65_HS1-834228961_62-HQ-83894_Section_6
Agency: FBI
Page 53
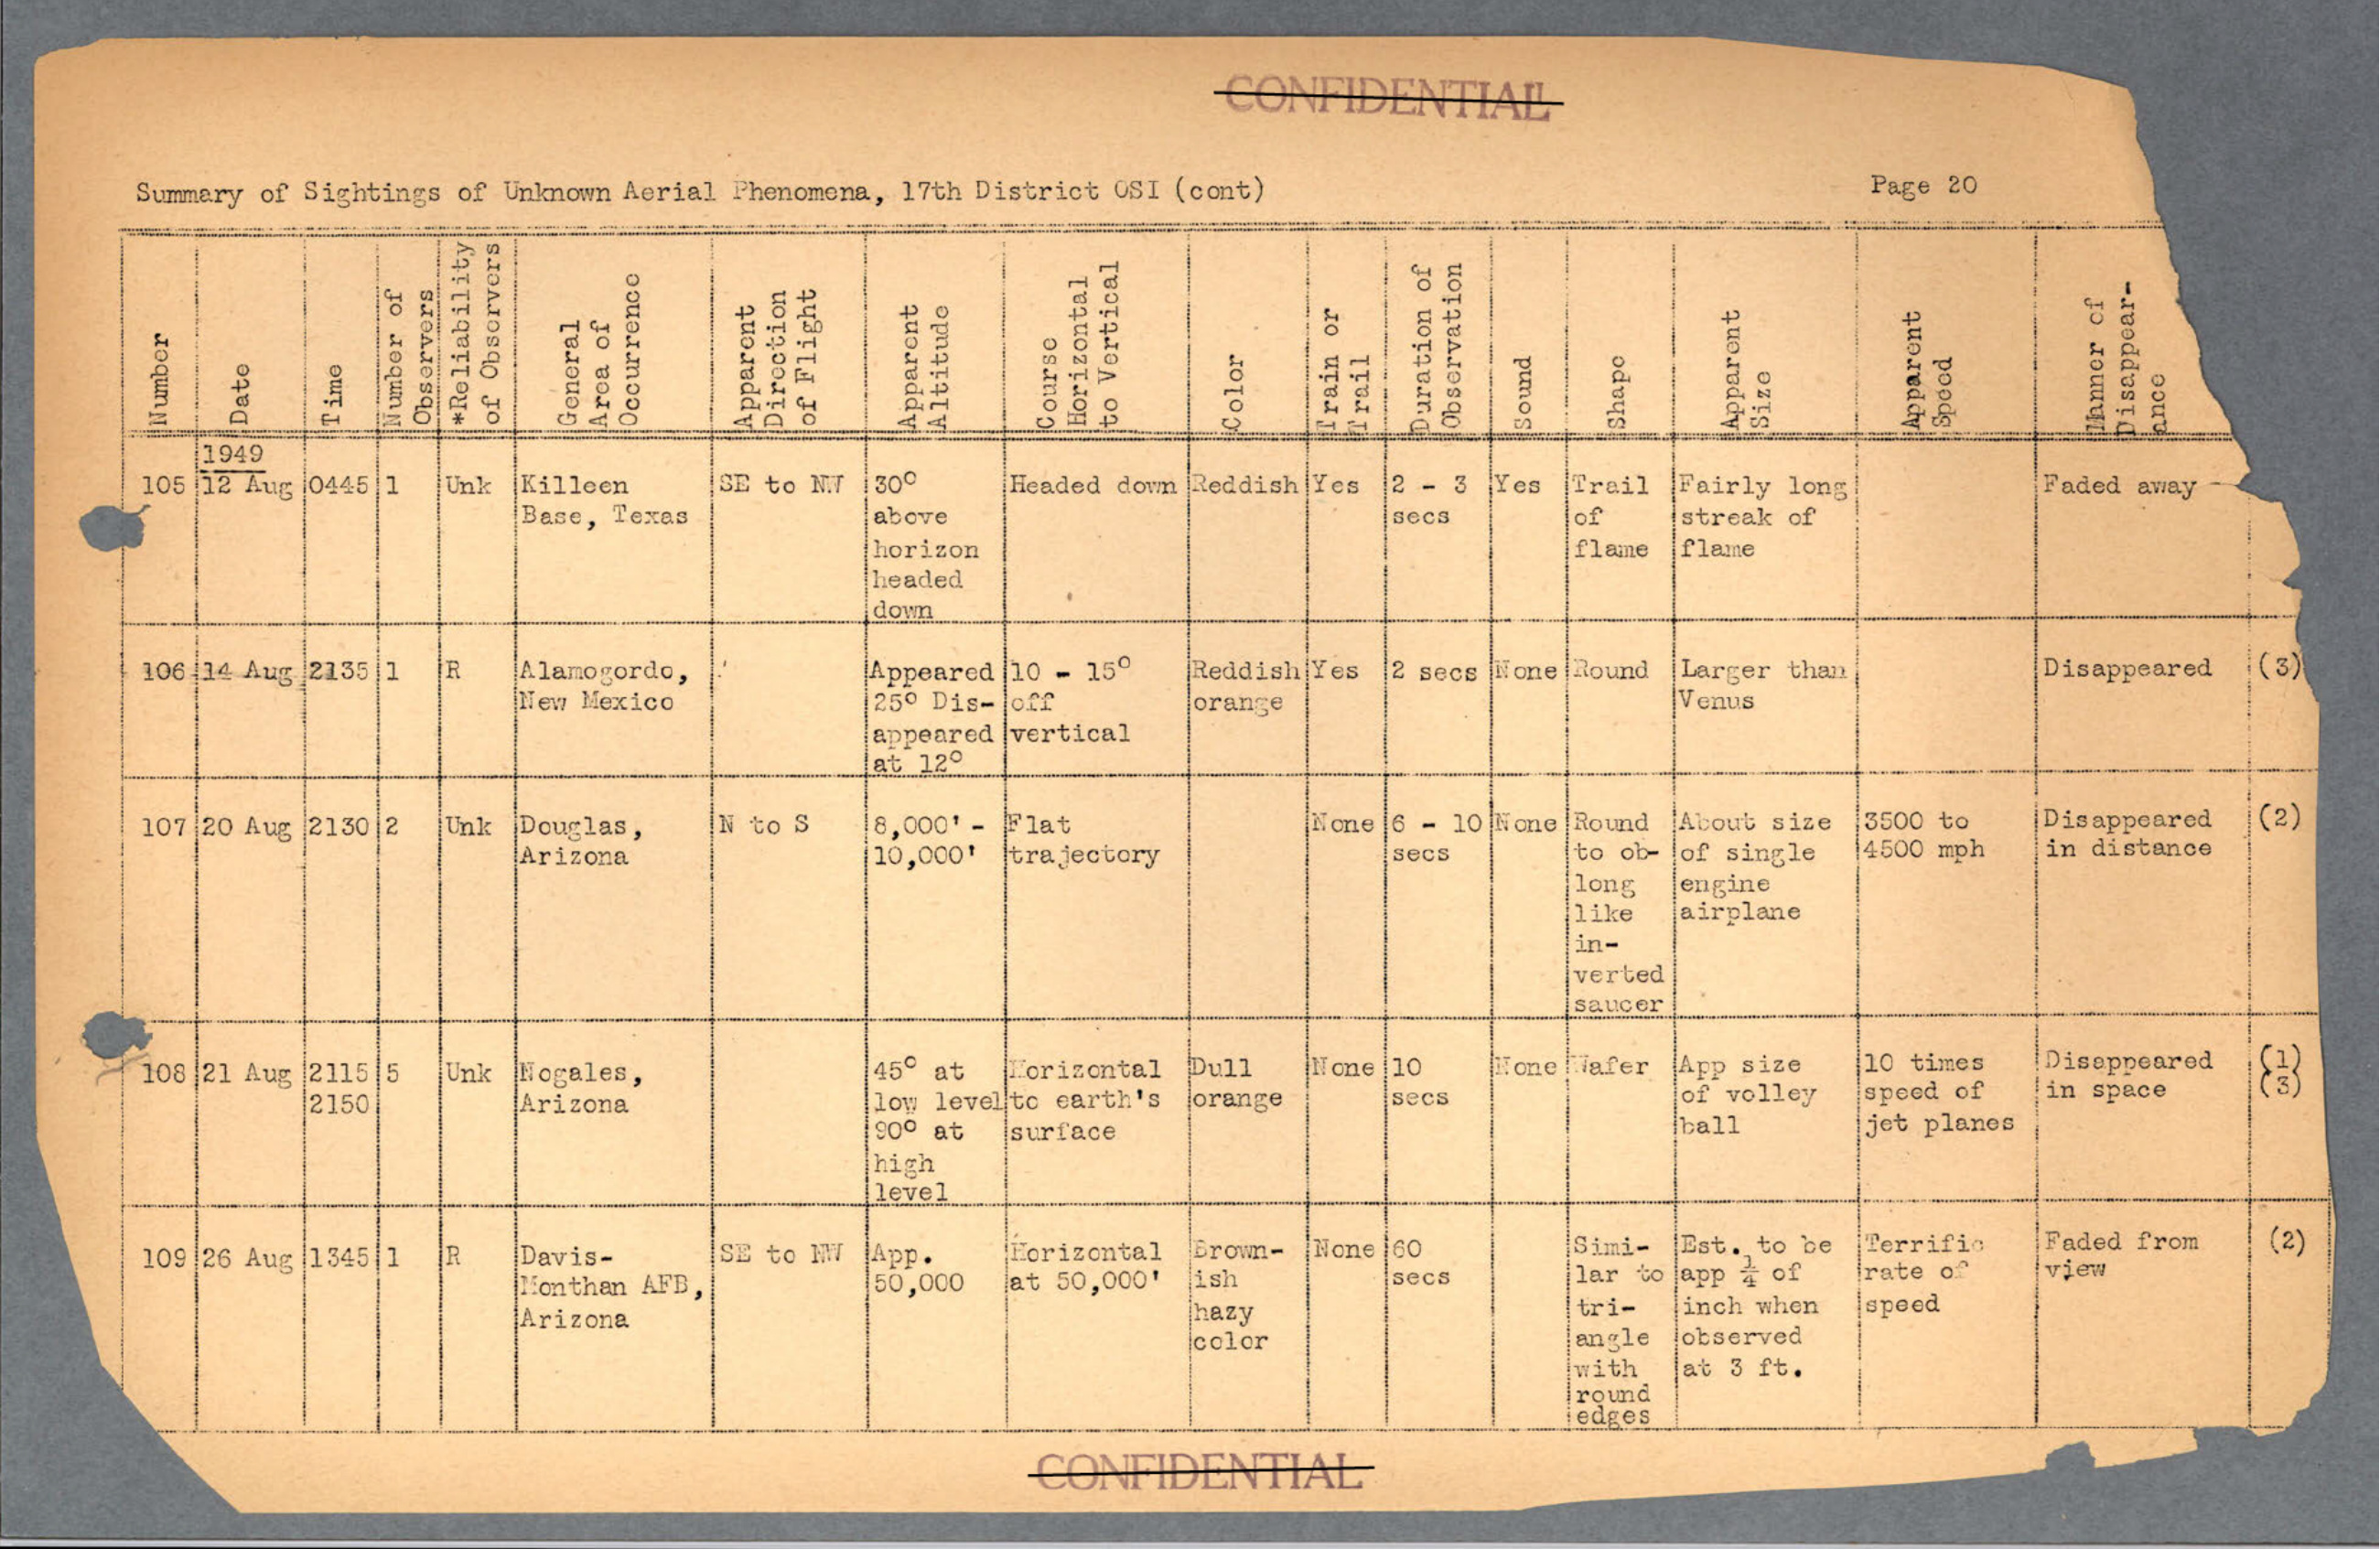